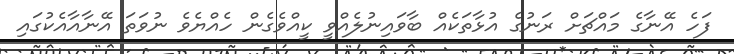
ފަހެ އޭނާގެ މައްޗަށް ރަނުގެ އުޅާތަކެއް ބާވައިނުލެއްވީ ކީއްވެގެން ހެއްޔެވެ ނުވަތަ އޭނާއާއެކުގައި